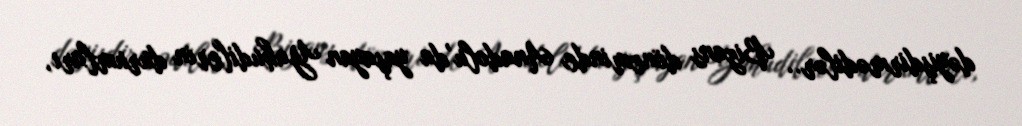
dəyişdirmədilər.. Bizans döneminde Anadolu’da yaşayan Yahudilerin durumları,